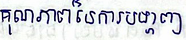
គុណភាពនៃការបង្ហាញ